Madras plague regulations in force outside the Presidency town - Volume 5
Disease focus: Plague
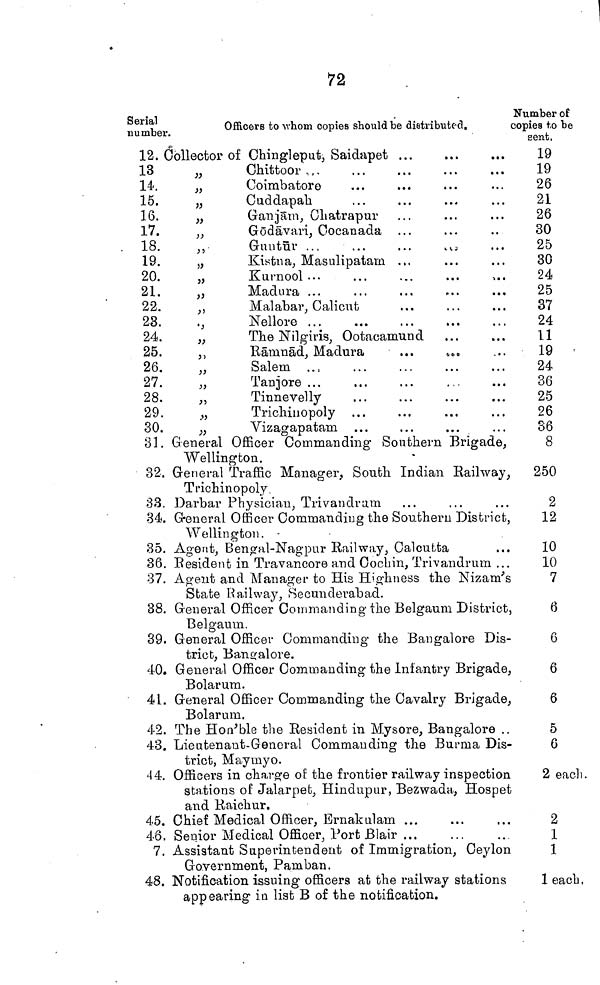
72
Serial
number
12.
13
14.
15.
16.
17.
18.
19.
20.
21.
22.
23.
24.
25.
26.
27.
28.
29.
30.
31.
32.
33.
34.
35.
36.
37.
38.
39.
40.
4L
42.
43.
44.
45.
46,
7.
48.
Officers to whom copies should be distributed.
Collector of Chingleput,
Saidapet
„
Chittoor
„
Coimbatore
„
Cuddapah
„
Ganjäm, Chatrapur
,,
Gödävari,
Cocanada
,,
Guntür . .
...
...
„
Kistna,
Masulipatam
„
Madura
,,
Malabar, Calient
„
Nellore
„
The Nilgiris, Ootacamund
,,
Rämnäd, Madura
,,
Salem
„
Tanjore
,,
Tinnevelly
„
Trichinopoly
„
Vizagapatam
General Officer Commanding Southern Brigade,
Wellington.
General Traffic Manager, South Indian Railway,
T rich in o poly.
Darbar Physician, Trivandram
General Officer Commanding the Southern District,
Wellington.
Agent, Bengal-Nagpur Railway, Calcutta
Resident in Travancore and Cochin, Trivandrum
Agent and Manager to His Highness the Nizam's
State Railway, Secunderabad.
General Officer Commanding the Belgaum District,
Belgaum.
General Officer Commanding the Bangalore Dis-
trict, Bangalore.
General Officer Commanding the Infantry Brigade,
Bolarum.
General Officer Commanding the Cavalry Brigade,
Bolarum.
The Hon'ble the Resident in Mysore, Bangalore
Lieutenant-General Commanding the Burma Dis-
trict, Maymyo.
Officers in charge of the frontier railway inspection
stations of Jalarpet, Hindupur, Bezwada, Hospet
and Raichur.
Chief Medical Officer,
Ernakulam
Senior Medical Officer, Port
Blair
Assistant Superintendent of Immigration, Ceylon
Government, Pamban.
Notification issuing officers at the railway stations
appearing in list B of the notification.
Number of
copies to be
sent.
19
19
26
21
26
30
25
30
24
25
37
24
11
19
24
36
25
26
86
8
250
2
12
10
10
7
6
6
6
6
5
6
2 each.
2
1
1
1 each.